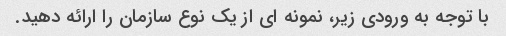
با توجه به ورودی زیر، نمونه ای از یک نوع سازمان را ارائه دهید.